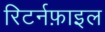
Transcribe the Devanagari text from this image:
रिटर्नफ़ाइल